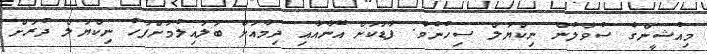
މިއުޝީންގެ ސުވާލުން ނިކްޔަލް ސިހުނެވެ. ފާޑަކަށް އޭނާއާއި ދިމާއަށް ބަލައިލުމަަށްފަހު ނިކްޔަލް ދުރަށް